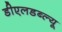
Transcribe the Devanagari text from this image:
डीएलडब्ल्यू